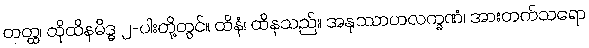
တတ္ထ၊ ထိုထိနမိဒ္ဓ ၂-ပါးတို့တွင်။ ထိနံ၊ ထိနသည်။ အနုဿာဟလက္ခဏံ၊ အားတက်သရော